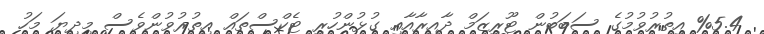
%5.4 އިތުރުވުމުގެ ސަބަބުން ޓޫރިޒަމް ދާއިރާއާއި ގުޅުންހުރި ޓެކްސްތައް އިތުރުވުންވެސް މިދިޔަ މަހު